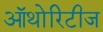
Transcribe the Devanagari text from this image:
ऑथोरिटीज